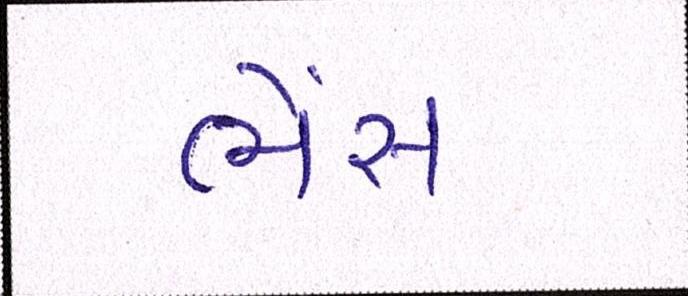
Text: ભેંસ